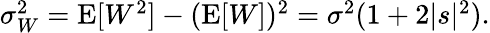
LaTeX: \begin{array}{r}{\sigma_{W}^{2}=\operatorname{E}[W^{2}]-(\operatorname{E}[W])^{2}=\sigma^{2}(1+2|s|^{2}).}\end{array}